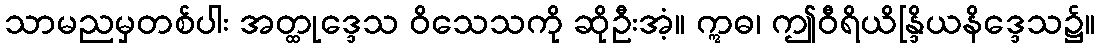
သာမညမှတစ်ပါး အတ္ထုဒ္ဒေသ ဝိသေသကို ဆိုဦးအံ့။ ဣဓ၊ ဤဝီရိယိန္ဒြိယနိဒ္ဒေသ၌။